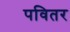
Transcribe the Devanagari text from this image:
पवितर